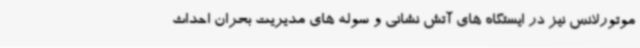
موتورلانس نیز در ایستگاه های آتش نشانی و سوله های مدیریت بحران احداث